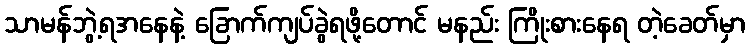
သာမန်ဘွဲ့ရအနေနဲ့ ခြောက်ကျပ်ခွဲရဖို့တောင် မနည်း ကြိုးစားနေရ တဲ့ခေတ်မှာ